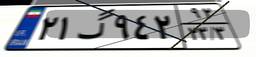
۲۱گ۹۴۲۹۲